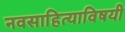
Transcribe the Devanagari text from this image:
नवसाहित्याविषयी